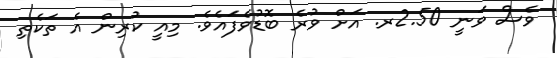
ވެސް ވަނީ 2.50ރ. އަށް ވުރެ ބޮޑުވެފައެވެ. މިއީ ކުރިން އެ ތަކެތި